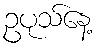
ဥပုသ်နေ့